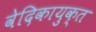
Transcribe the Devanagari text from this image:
वेदिकायुक्त